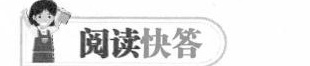
阅读快答